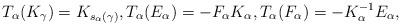
LaTeX: \begin{gather*} T_\alpha (K_\gamma ) = K_{s_\alpha (\gamma )}, T_\alpha (E_\alpha ) = -F_\alpha K_\alpha , T_\alpha (F_\alpha ) = -K_\alpha ^{-1}E_\alpha , \end{gather*}